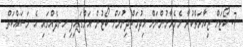
7- ކޯޓަށް ޒިޔާރަތްކުރާ މެހެމާނުންނަށް ޚިދުމަތްދިނުމަށް ކޯޓުން އަންގައިފި ހިނދެއްގައި އެ މަސައްކަތް